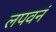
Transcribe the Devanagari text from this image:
लपवनं